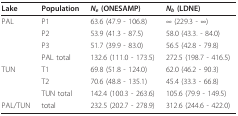
<table><thead><tr><td><b>Lake</b></td><td><b>Population</b></td><td><b><i>N<sub>e </sub></i>(ONESAMP)</b></td><td><b><i>N<sub>b </sub></i>(LDNE)</b></td></tr></thead><tbody><tr><td>PAL</td><td>P1</td><td>63.6 (47.9 - 106.8)</td><td>∞ (229.3 - ∞)</td></tr><tr><td></td><td>P2</td><td>53.9 (41.3 - 87.5)</td><td>58.0 (43.3. - 84.0)</td></tr><tr><td></td><td>P3</td><td>51.7 (39.9 - 83.0)</td><td>56.5 (42.8 - 79.8)</td></tr><tr><td></td><td>PAL total</td><td>132.6 (111.0 - 173.5)</td><td>272.5 (198.7 - 416.5)</td></tr><tr><td>TUN</td><td>T1</td><td>69.8 (51.8 - 124.0)</td><td>62.0 (46.2 - 90.3)</td></tr><tr><td></td><td>T2</td><td>70.6 (48.8 - 135.1)</td><td>45.4 (33.3 - 66.8)</td></tr><tr><td></td><td>TUN total</td><td>142.4 (100.3 - 263.6)</td><td>105.6 (79.9 - 149.5)</td></tr><tr><td>PAL/TUN</td><td>total</td><td>232.5 (202.7 - 278.9)</td><td>312.6 (244.6 - 422.0)</td></tr></tbody></table>